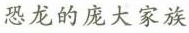
恐龙的庞大家族